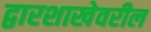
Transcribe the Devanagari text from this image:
द्वारशाखेवरील